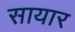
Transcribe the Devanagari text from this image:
सायार